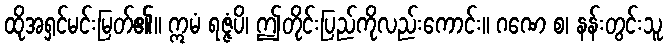
ထိုအရှင်မင်းမြတ်၏။ ဣမံ ရဇ္ဇံပိ၊ ဤတိုင်းပြည်ကိုလည်းကောင်း။ ဂဏေ စ၊ နန်းတွင်းသူ